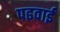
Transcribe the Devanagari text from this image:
पढवाई